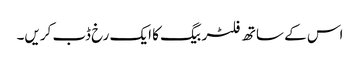
اس کے ساتھ فلٹر بیگ کا ایک رخ ڈب کریں۔